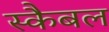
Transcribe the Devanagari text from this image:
स्कैबल